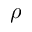
\boldsymbol { \rho }